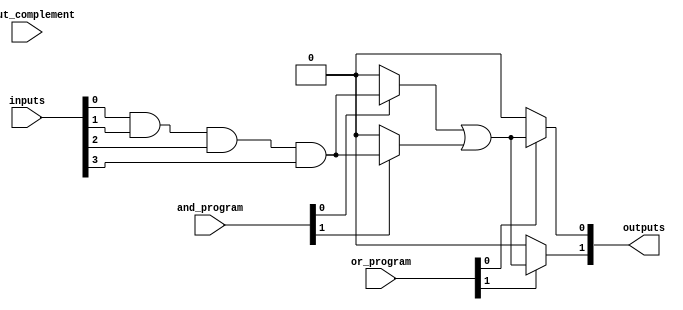
module PLA #(
    parameter N = 4,  // Number of inputs
    parameter M = 2,  // Number of outputs
    parameter P = 4,  // Number of AND gates
    parameter Q = 2   // Number of OR gates
)(
    input  wire [N-1:0]  inputs,        // Input lines
    input  wire [N-1:0]  input_complement, // Complemented input lines
    input  wire [P-1:0]  and_program,    // Programming for AND gates
    input  wire [Q-1:0]  or_program,     // Programming for OR gates
    output wire [M-1:0]  outputs         // Output lines
);

// Internal wires for AND gate outputs
wire [P-1:0] and_out;

// Instantiate programmable AND gates
genvar i, j;
generate
    for (i = 0; i < P; i = i + 1) begin : and_gates
        assign and_out[i] = and_program[i] ? (inputs[0] & inputs[1] & inputs[2] & inputs[3]) : 0; // Example for a single AND gate
        // Extend the logic here to implement more complex AND gate functionality based on programming
    end
endgenerate

// Internal wires for OR gate outputs
wire [Q-1:0] or_out;

// Instantiate programmable OR gates
generate
    for (j = 0; j < Q; j = j + 1) begin : or_gates
        assign or_out[j] = or_program[j] ? (and_out[0] | and_out[1]) : 0; // Example for a single OR gate
        // Extend the logic here to implement more complex OR gate functionality based on programming
    end
endgenerate

// Assign final outputs
assign outputs = or_out;

endmodule